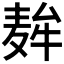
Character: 𮮇